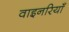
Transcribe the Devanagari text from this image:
वाइनरियाँ